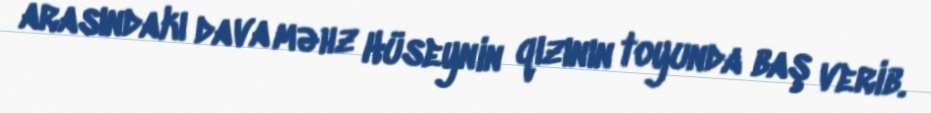
arasındakı dava məhz Hüseynin qızının toyunda baş verib.